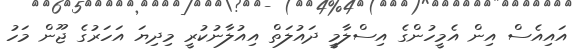
އައިއެސް އިން އެމީހުންގެ އިސްލާމީ ދައުލަތް އިއުލާނުކުރީ މިދިޔަ އަހަރުގެ ޖޫން މަހު